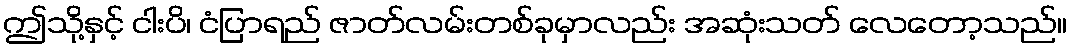
ဤသို့နှင့် ငါးပိ၊ ငံပြာရည် ဇာတ်လမ်းတစ်ခုမှာလည်း အဆုံးသတ် လေတော့သည်။